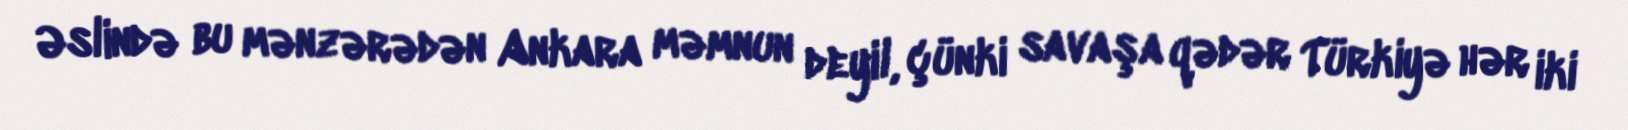
Əslində bu mənzərədən Ankara məmnun deyil, çünki savaşa qədər Türkiyə hər iki